Indian journal of veterinary science and animal husbandry - Volume 4,
Year: 1934
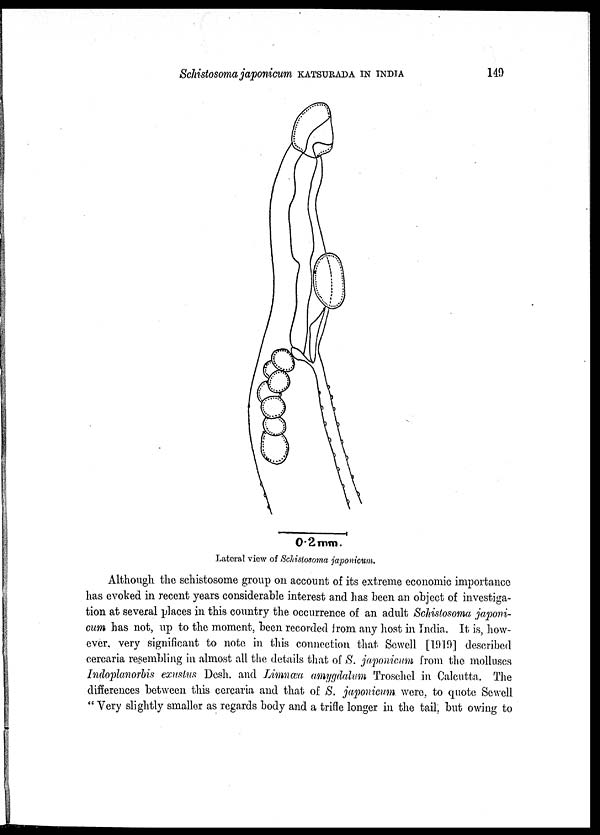
Schistosoma japonicum KATSURADA IN INDIA
149
0.2mm
Lateral view of Schistosoma japonicum.
Although the schistosome group on account of its extreme economic importance
has evoked in recent years considerable interest and has been an object of investiga-
tion at several places in this country the occurrence of an adult Schistosoma japoni-
cum has not, up to the moment, been recorded from any host in India. It is, how-
ever, very significant to note in this connection that Sewell [1919] described
cercaria resembling in almost all the details that of S. japonicum from the molluscs
Indoplanorbis exuslus Desh. and Limnœa amygdalum Troschel in Calcutta. The
differences between this cercaria and that of S. japonicum were, to quote Sewell
" Very slightly smaller as regards body and a trifle longer in the tail, but owing to